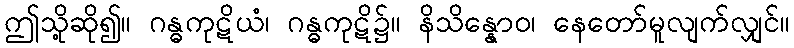
ဤသို့ဆို၍။ ဂန္ဓကုဋိယံ၊ ဂန္ဓကုဋိ၌။ နိသိန္နောဝ၊ နေတော်မူလျက်လျှင်။